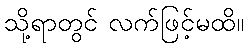
သို့ရာတွင် လက်ဖြင့်မထိ။